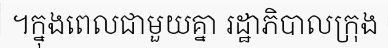
។ក្នុងពេលជាមួយគ្នា រដ្ឋាភិបាលក្រុង